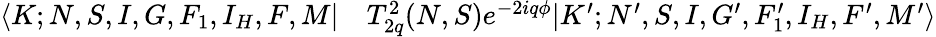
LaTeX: \begin{array}{rl}{\langle K;N,S,I,G,F_{1},I_{H},F,M|}&{{}T_{2q}^{2}(N,S)e^{-2iq\phi}|K^{\prime};N^{\prime},S,I,G^{\prime},F_{1}^{\prime},I_{H},F^{\prime},M^{\prime}\rangle}\end{array}